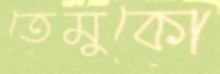
তেমুকো